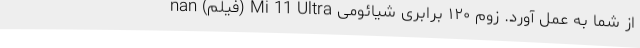
از شما به عمل آورد. زوم ١٢٠ برابری شیائومی Mi 11 Ultra (فیلم) nan